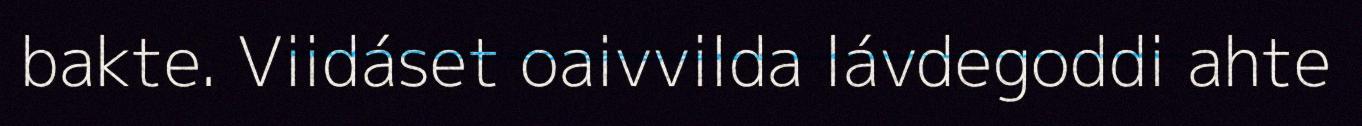
bakte. Viidáset oaivvilda lávdegoddi ahte